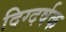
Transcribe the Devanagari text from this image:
दिग्दर्षक